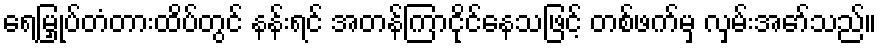
ရေမြှုပ်တံတားထိပ်တွင် နန်းရင် အတန်ကြာငိုင်နေသဖြင့် တစ်ဖက်မှ လှမ်းအော်သည်။